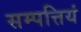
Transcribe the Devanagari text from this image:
सम्पत्तियं